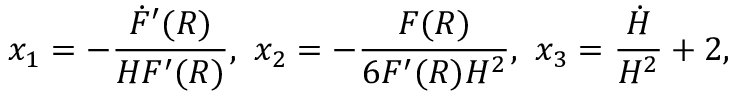
x _ { 1 } = - \frac { \dot { F } ^ { \prime } ( R ) } { H F ^ { \prime } ( R ) } , ~ x _ { 2 } = - \frac { F ( R ) } { 6 F ^ { \prime } ( R ) H ^ { 2 } } , ~ x _ { 3 } = \frac { \dot { H } } { H ^ { 2 } } + 2 ,